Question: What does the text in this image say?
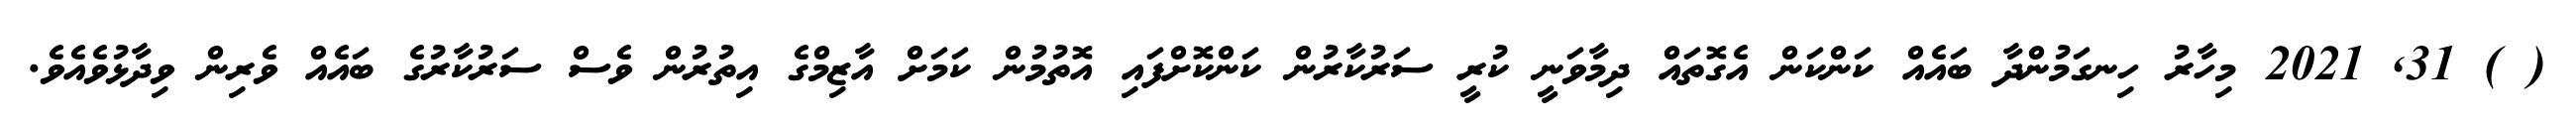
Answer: ( ) 31, 2021 މިހާރު ހިނގަމުންދާ ބައެއް ކަންކަން އެގޮތައް ދިމާވަނީ ކުރީ ސަރުކާރުން ކަންކޮށްފައި އޮތުމުން ކަމަށް އާޒިމްގެ އިތުރުން ވެސް ސަރުކާރުގެ ބައެއް ވެރިން ވިދާޅުވެއެވެ.